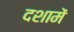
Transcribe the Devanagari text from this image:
दशामें